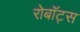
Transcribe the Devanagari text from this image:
रोबॉट्स